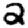
Digit: 2